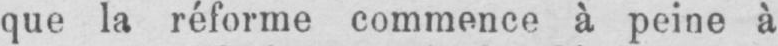
que la réforme commence à peine à